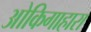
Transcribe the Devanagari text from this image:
ओकिगाहारा